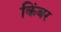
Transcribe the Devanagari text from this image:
किंबर